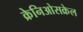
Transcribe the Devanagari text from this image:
क्रेनिओसक्रेल